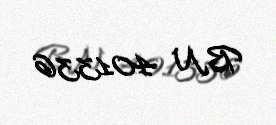
BN 401336